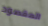
المقصود